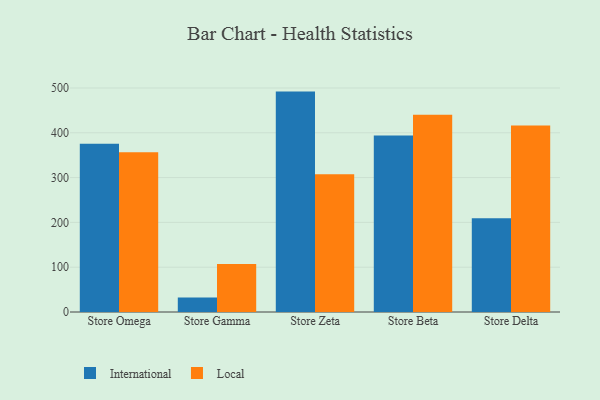
{"axis": {"x": "Store", "y": "Energy Usage (MWh)"}, "legend": ["International", "Local"], "data": [{"x": "Store Omega", "y": 375.4, "type": "International"}, {"x": "Store Omega", "y": 356.6, "type": "Local"}, {"x": "Store Gamma", "y": 32.2, "type": "International"}, {"x": "Store Gamma", "y": 107.2, "type": "Local"}, {"x": "Store Zeta", "y": 491.9, "type": "International"}, {"x": "Store Zeta", "y": 307.5, "type": "Local"}, {"x": "Store Beta", "y": 393.7, "type": "International"}, {"x": "Store Beta", "y": 440.0, "type": "Local"}, {"x": "Store Delta", "y": 209.5, "type": "International"}, {"x": "Store Delta", "y": 416.0, "type": "Local"}]}